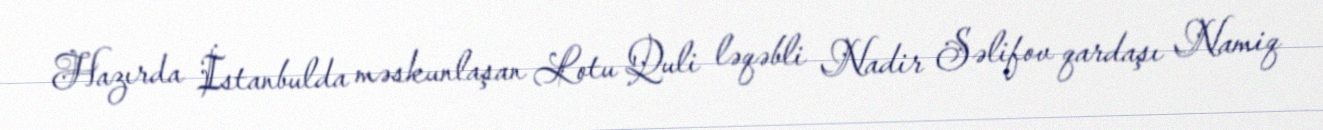
Hazırda İstanbulda məskunlaşan Lotu Quli ləqəbli Nadir Səlifov qardaşı Namiq